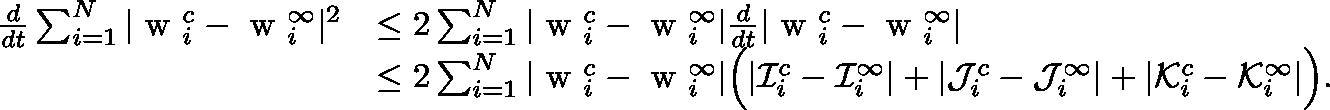
\begin{array} { r } { \begin{array} { r l } { \frac { d } { d t } \sum _ { i = 1 } ^ { N } | \mathrm { \boldmath ~ w ~ } _ { i } ^ { c } - \mathrm { \boldmath ~ w ~ } _ { i } ^ { \infty } | ^ { 2 } } & { \leq 2 \sum _ { i = 1 } ^ { N } | \mathrm { \boldmath ~ w ~ } _ { i } ^ { c } - \mathrm { \boldmath ~ w ~ } _ { i } ^ { \infty } | \frac { d } { d t } | \mathrm { \boldmath ~ w ~ } _ { i } ^ { c } - \mathrm { \boldmath ~ w ~ } _ { i } ^ { \infty } | } \\ & { \leq 2 \sum _ { i = 1 } ^ { N } | \mathrm { \boldmath ~ w ~ } _ { i } ^ { c } - \mathrm { \boldmath ~ w ~ } _ { i } ^ { \infty } | \Big ( | \mathcal { I } _ { i } ^ { c } - \mathcal { I } _ { i } ^ { \infty } | + | \mathcal { J } _ { i } ^ { c } - \mathcal { J } _ { i } ^ { \infty } | + | \mathcal { K } _ { i } ^ { c } - \mathcal { K } _ { i } ^ { \infty } | \Big ) . } \end{array} } \end{array}